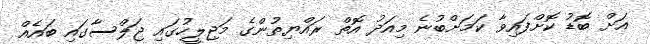
އަށް ބޮޑު ކޮށްފައިވާ ކަމަށްބުނެ މިއަދު އޮތް ރައްޔިތުންގެ މަޖިލީހުގައި ޖަލްސާގައި ބައެއް